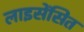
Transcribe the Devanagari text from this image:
लाइसेंसित